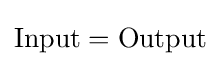
\mathrm {Input} =\mathrm {Output}